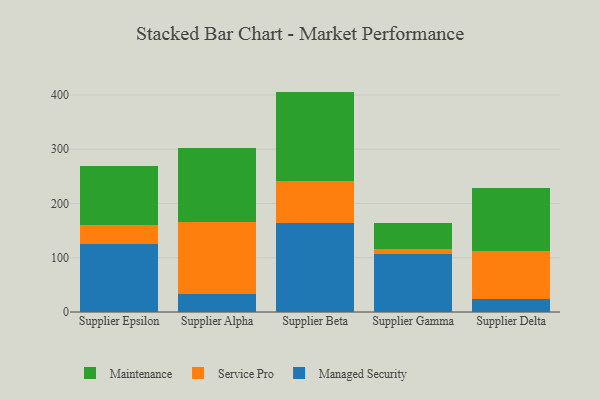
{"axis": {"x": "Supplier", "y": "Tickets Resolved"}, "legend": ["Maintenance", "Managed Security", "Service Pro"], "data": [{"x": "Supplier Epsilon", "y": 124.5, "type": "Managed Security"}, {"x": "Supplier Epsilon", "y": 36.6, "type": "Service Pro"}, {"x": "Supplier Epsilon", "y": 108.9, "type": "Maintenance"}, {"x": "Supplier Alpha", "y": 33.6, "type": "Managed Security"}, {"x": "Supplier Alpha", "y": 132.1, "type": "Service Pro"}, {"x": "Supplier Alpha", "y": 137.5, "type": "Maintenance"}, {"x": "Supplier Beta", "y": 163.5, "type": "Managed Security"}, {"x": "Supplier Beta", "y": 78.0, "type": "Service Pro"}, {"x": "Supplier Beta", "y": 164.8, "type": "Maintenance"}, {"x": "Supplier Gamma", "y": 107.3, "type": "Managed Security"}, {"x": "Supplier Gamma", "y": 8.4, "type": "Service Pro"}, {"x": "Supplier Gamma", "y": 48.8, "type": "Maintenance"}, {"x": "Supplier Delta", "y": 23.6, "type": "Managed Security"}, {"x": "Supplier Delta", "y": 88.4, "type": "Service Pro"}, {"x": "Supplier Delta", "y": 117.3, "type": "Maintenance"}]}